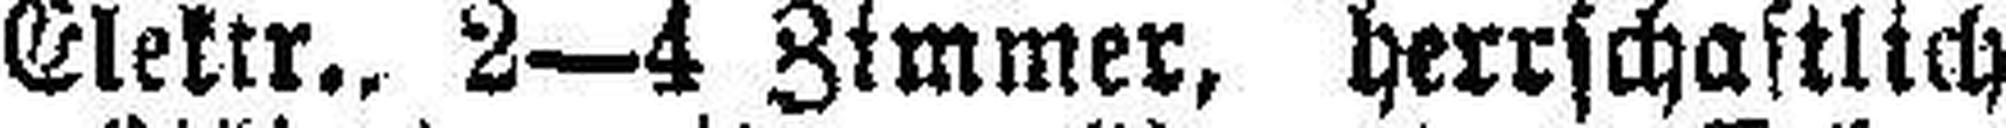
Elektr., 2—4 Zimmer, herrschaftlich